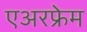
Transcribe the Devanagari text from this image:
एअरफ्रेम